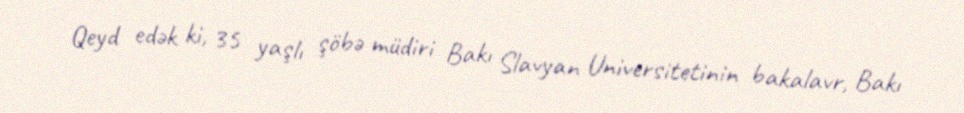
Qeyd edək ki, 35 yaşlı şöbə müdiri Bakı Slavyan Universitetinin bakalavr, Bakı